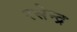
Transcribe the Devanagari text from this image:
रसेन्द्र